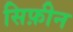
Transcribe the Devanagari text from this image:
सिफ़ीन